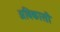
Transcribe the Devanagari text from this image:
अविकासी